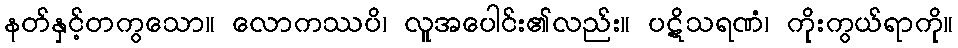
နတ်နှင့်တကွသော။ လောကဿပိ၊ လူအပေါင်း၏လည်း။ ပဋိသရဏံ၊ ကိုးကွယ်ရာကို။